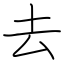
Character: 去